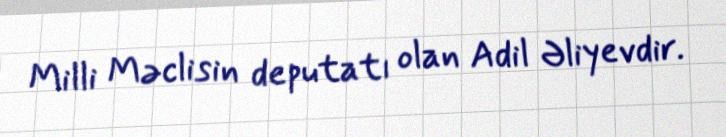
Milli Məclisin deputatı olan Adil Əliyevdir.